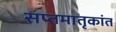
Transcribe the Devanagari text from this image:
सप्तमातृकांत